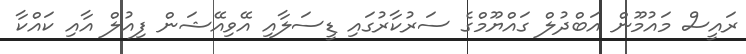
ރައީސް މައުމޫން އަބްދުލް ގައްޔޫމްގެ ސަރުކާރުގައި ޑީސަލާއި އޭވިއޭޝަން ފިއުލް އާއި ކައްކާ